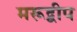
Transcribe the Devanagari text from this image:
मरूद्वीप